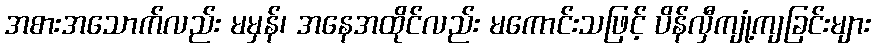
အစားအသောက်လည်း မမှန်၊ အနေအထိုင်လည်း မကောင်းသဖြင့် ပိန်လှီကျုံ့ကျခြင်းများ